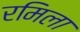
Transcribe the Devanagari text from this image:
रमिला